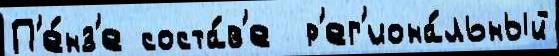
П'е́нз'е соста́в'е  р'ег'иона́льный